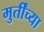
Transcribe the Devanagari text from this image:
मुर्तींच्या